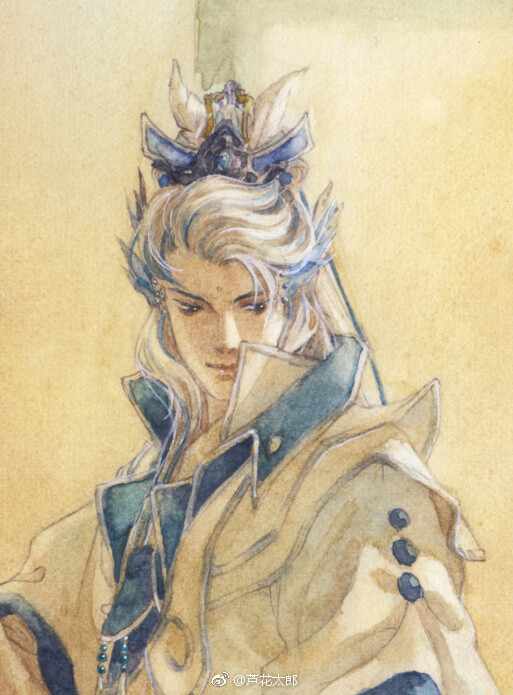
云拼欲下星斗动，天乐一声肌骨寒。